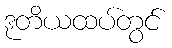
ဒုတိယထပ်တွင်